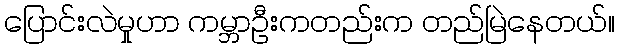
ပြောင်းလဲမှုဟာ ကမ္ဘာဦးကတည်းက တည်မြဲနေတယ်။